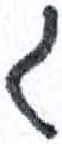
אות: ג